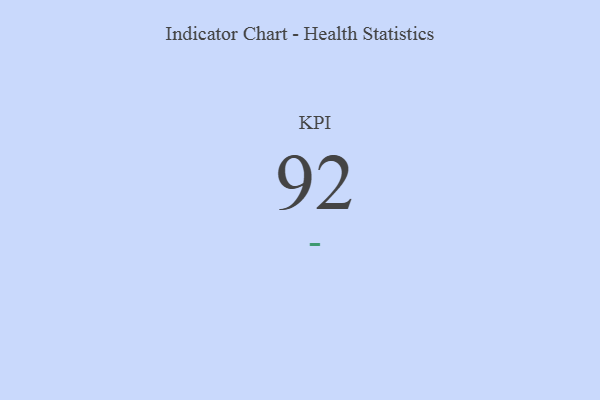
{"axis": {"x": "KPI", "y": "Value"}, "legend": [""], "data": [{"x": "KPI", "y": 92, "type": ""}]}